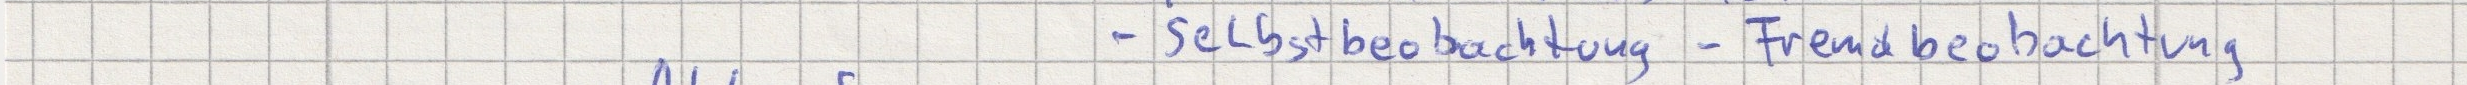
- Selbstbeobachtung  - Fremdbeobachtung